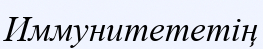
Иммунитететің